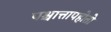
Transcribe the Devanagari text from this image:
पश्चात्तापहोतो